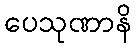
ပေသုဏာနိ